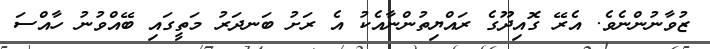
ޒުވާނުންނެވެ. އެރޭ ގޮއިދޫގެ ރައްޔިތުންނާއެކު އެ ރަށު ބަނދަރު މަތީގައި ބޭއްވުނު ހާއްސަ